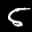
Label: 5